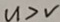
u > v